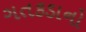
ગતકડાનો